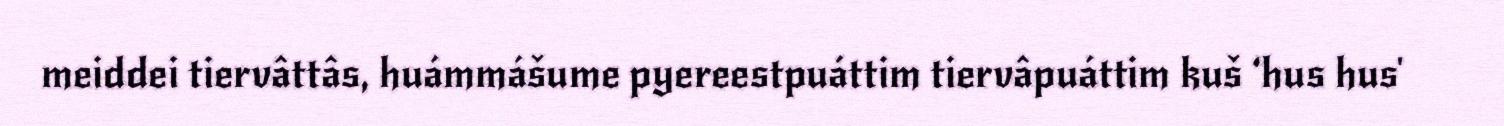
meiddei tiervâttâs, huámmášume pyereestpuáttim tiervâpuáttim kuš ‘hus hus'